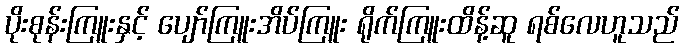
ပိုးစုန်းကြူးနှင့် ပျော်ကြူးအိပ်ကြူး ရိုက်ကြူးထိန့်ဆူ ရစ်လေဟူသည်